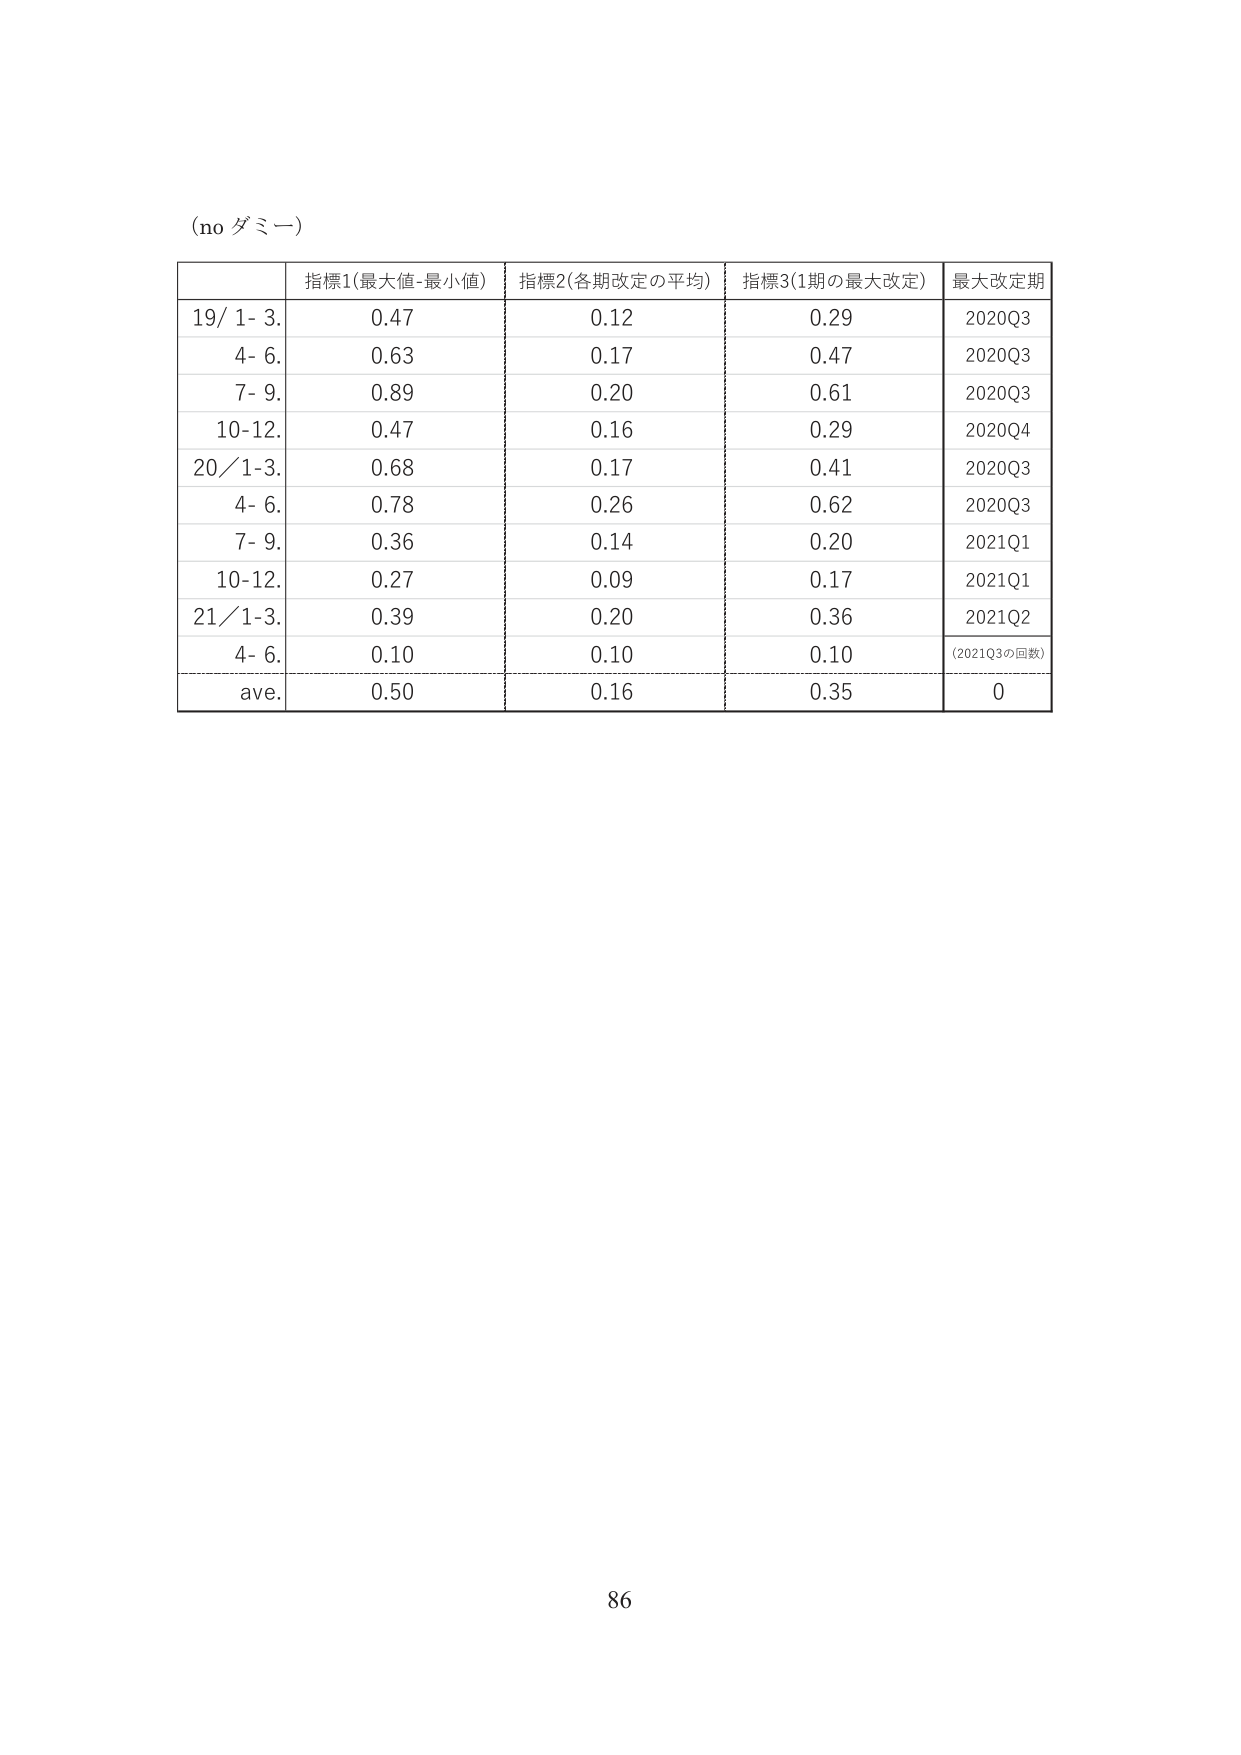
(no ダミー)

指標1(最大値-最小値) 指標2(各期改定の平均) 指標3(1期の最大改定) 最大改定期
19/ 1- 3. 0.47 0.12 0.29 2020Q3
4- 6. 0.63 0.17 0.47 2020Q3
7- 9. 0.89 0.20 0.61 2020Q3
10-12. 0.47 0.16 0.29 2020Q4
20/1-3. 0.68 0.17 0.41 2020Q3
4- 6. 0.78 0.26 0.62 2020Q3
7- 9. 0.36 0.14 0.20 2021Q1
10-12. 0.27 0.09 0.17 2021Q1
21/1-3. 0.39 0.20 0.36 2021Q2
4- 6. 0.10 0.10 0.10 (2021Q3の回数)
ave. 0.50 0.16 0.35 0

86